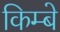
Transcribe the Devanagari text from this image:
किम्बे